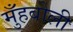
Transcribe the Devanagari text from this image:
मुँहबोली